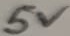
Text: 5V